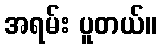
အရမ်း ပူတယ်။